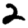
Digit: 2